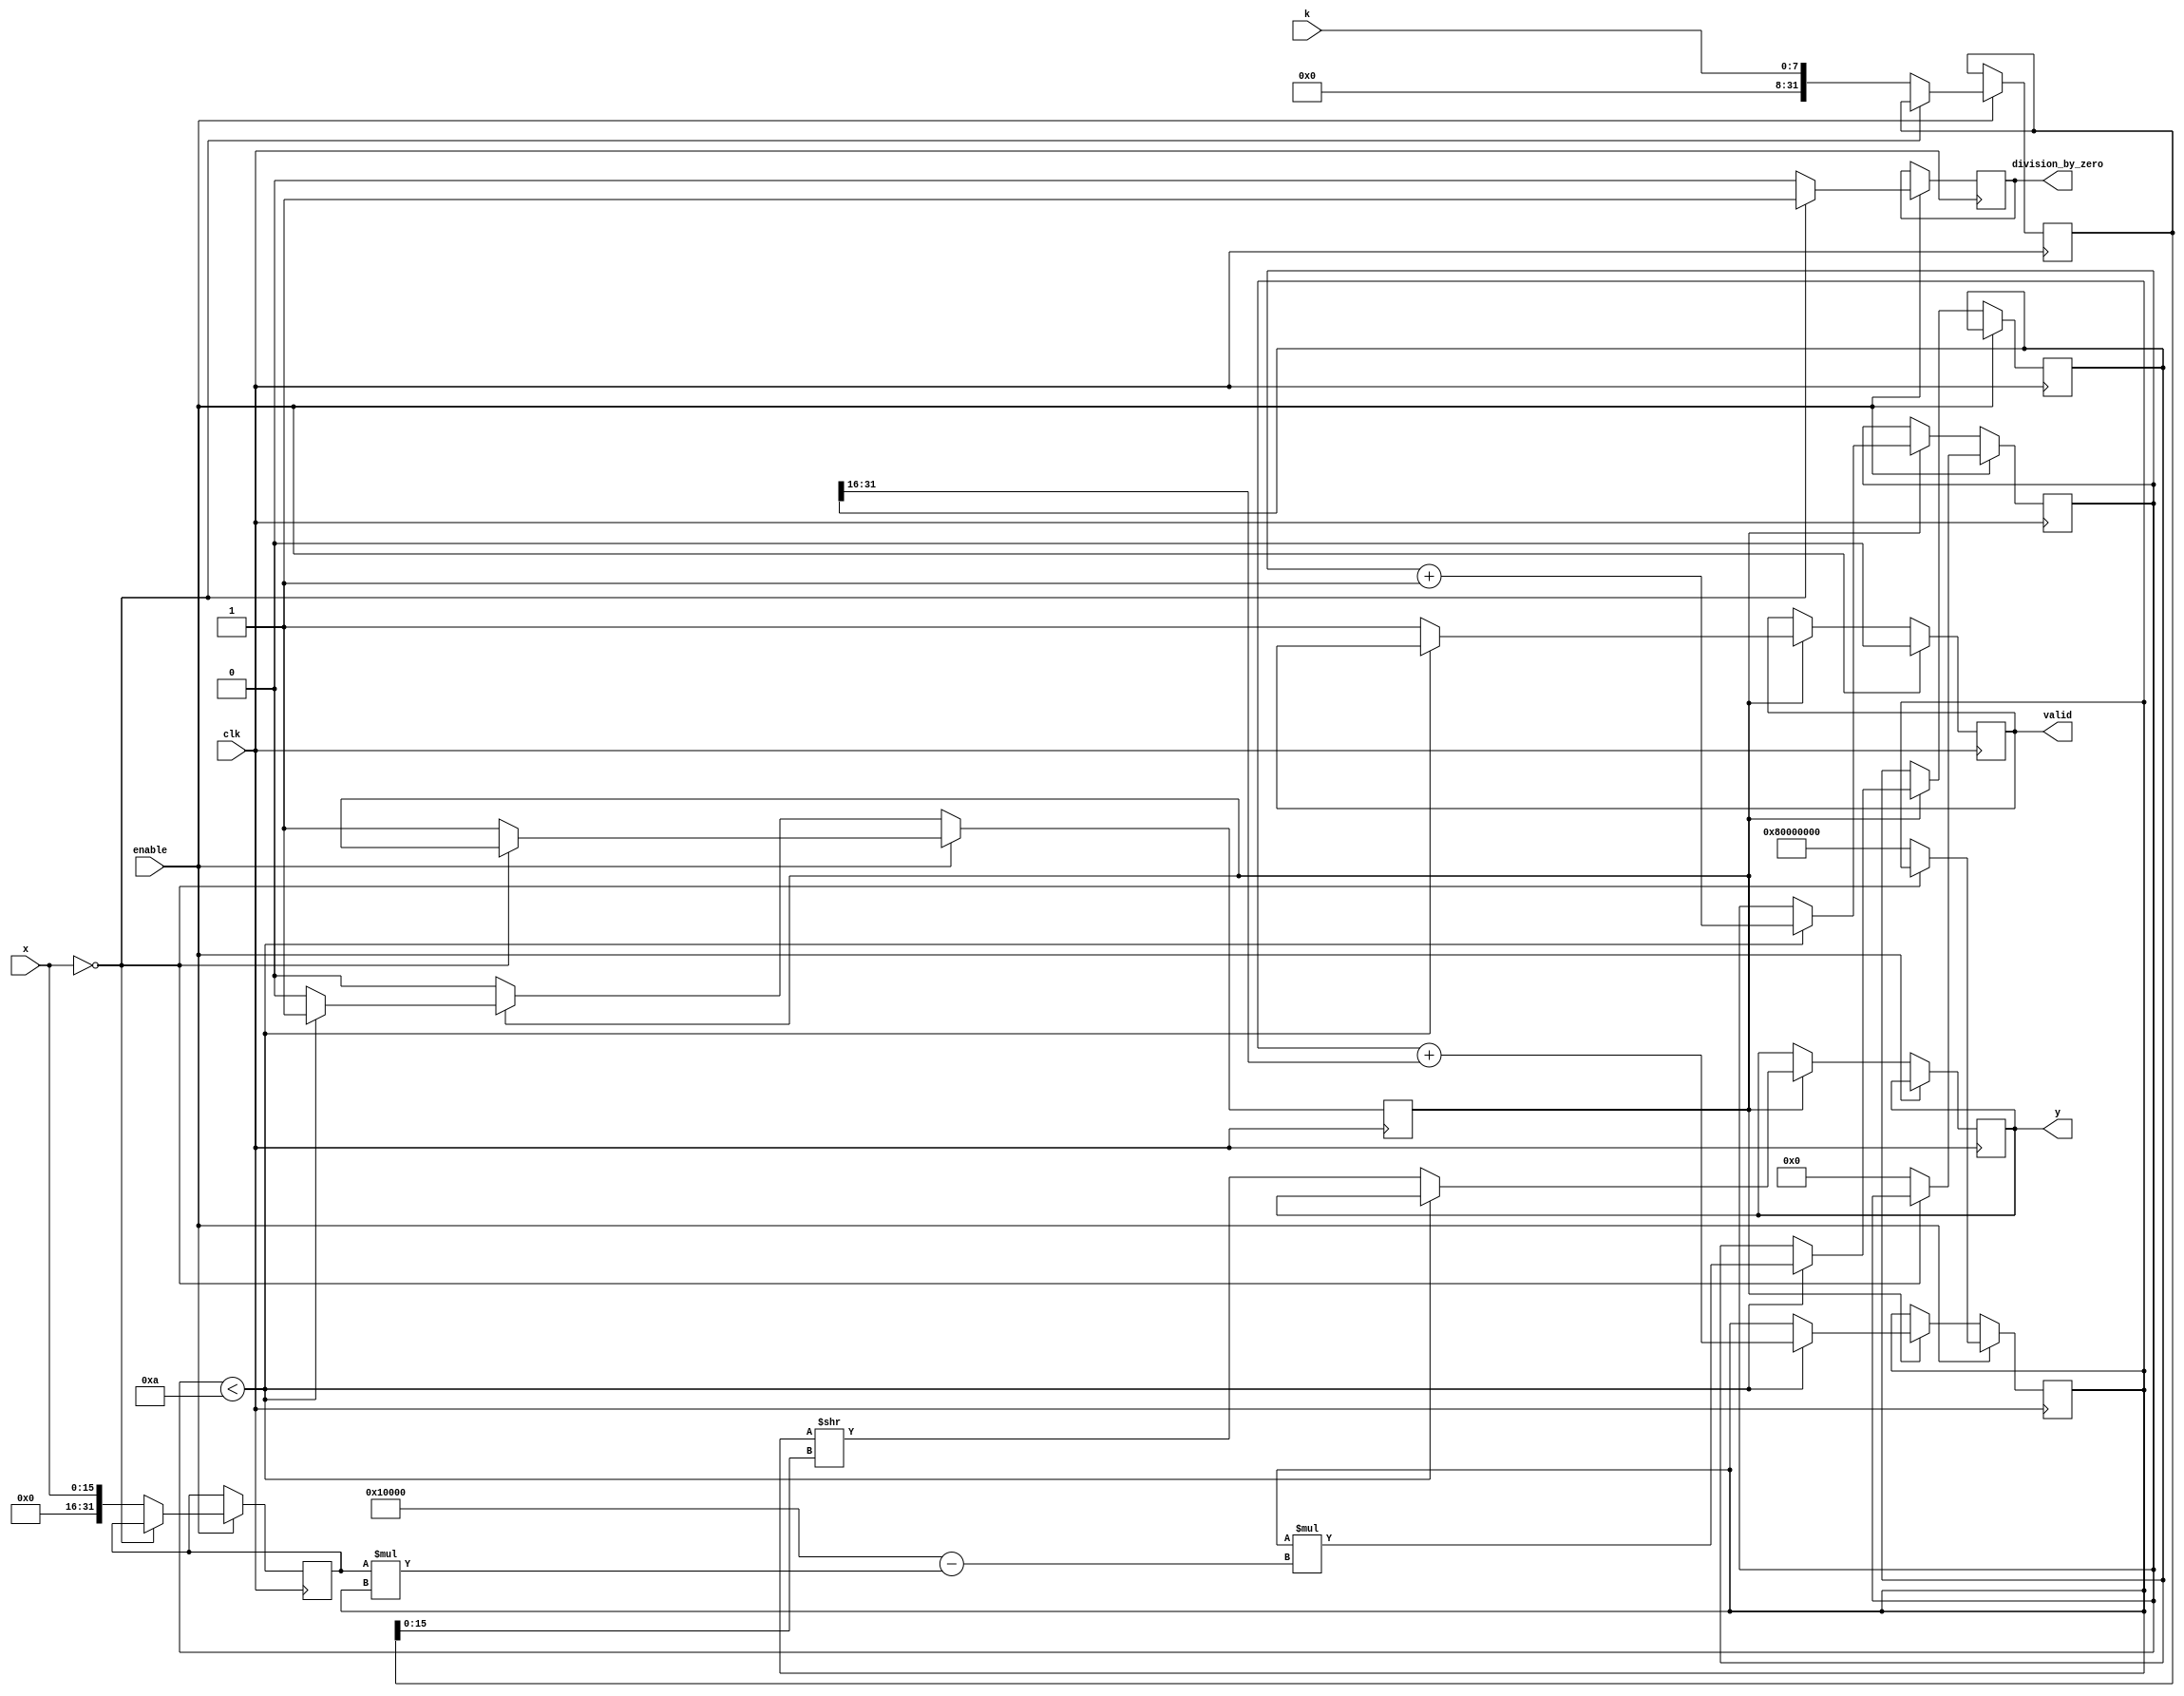
module FractionalOrderReciprocal (
    input wire clk,               // Clock signal
    input wire enable,            // Enable signal
    input wire [15:0] x,          // Input signal (fixed-point representation)
    input wire [7:0] k,           // Fractional order (fixed-point representation)
    output reg [31:0] y,          // Output signal (computed reciprocal value)
    output reg valid,             // Output valid signal
    output reg division_by_zero   // Division by zero flag
);

    // Parameters
    localparam MAX_ITERATIONS = 10; // Maximum iterations for convergence
    localparam FIXED_POINT_FRACTIONAL_BITS = 16; // Number of fractional bits in fixed-point representation

    reg [31:0] x_fixed;                  // Fixed-point representation of x
    reg [31:0] reciprocal;                // Current estimate of the reciprocal
    reg [31:0] k_fixed;                   // Fixed-point representation of k
    reg [31:0] temp;                      // Temporary variable for computation
    reg [3:0] iteration_count;            // Iteration counter
    reg compute;                          // Flag to indicate computation in progress

    // Initialize outputs
    initial begin
        y = 32'b0;
        valid = 1'b0;
        division_by_zero = 1'b0;
    end

    // Input validation and computation
    always @(posedge clk) begin
        if (enable) begin
            // Check for division by zero
            if (x == 16'b0) begin
                division_by_zero <= 1'b1;
                valid <= 1'b0;
            end else begin
                // Clear division by zero flag
                division_by_zero <= 1'b0;

                // Convert inputs to fixed-point representation
                x_fixed <= {16'b0, x}; // Assuming 16 fractional bits
                k_fixed <= {16'b0, k}; // Assuming k is an integer in fixed-point

                // Initialize reciprocal and iteration count
                reciprocal <= 32'b1 << 31; // Initial guess (1.0 in fixed-point)
                iteration_count <= 4'b0;
                compute <= 1'b1;
                valid <= 1'b0;
            end
        end else if (compute) begin
            // Iterative method for reciprocal calculation
            if (iteration_count < MAX_ITERATIONS) begin
                // Calculate reciprocal using Newton-Raphson method
                temp <= reciprocal * (2**FIXED_POINT_FRACTIONAL_BITS - x_fixed * reciprocal);
                reciprocal <= reciprocal + (temp >> FIXED_POINT_FRACTIONAL_BITS);
                iteration_count <= iteration_count + 1;
            end else begin
                // Store final result and set valid flag
                y <= reciprocal >> (k_fixed[15:0]); // Adjust for fractional order
                valid <= 1'b1;
                compute <= 1'b0; // End computation
            end
        end
    end

endmodule